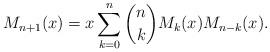
LaTeX: \begin{align*} M_{n+1}(x) = x \sum_{k=0}^n {n \choose k} M_{k}(x) M_{n-k}(x). \end{align*}